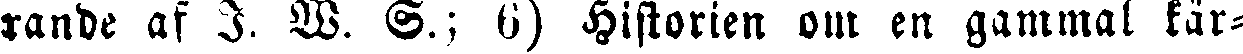
xande af I. W. S.; 6) Historien om en gammal kär-